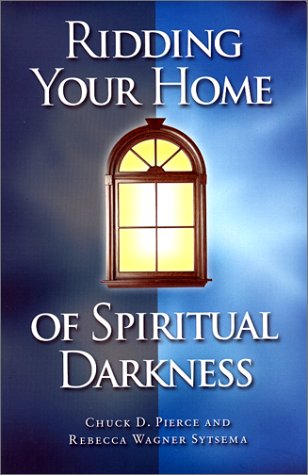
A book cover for Ridding Your Home of Spiritual Darkness; Chuck D. Pierce; Religion & Spirituality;